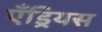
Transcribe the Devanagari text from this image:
एँड्रियस